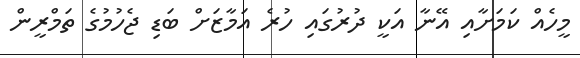
މީހެއް ކަމަށާއި އޭނާ އަކީ ދުރުގައި ހުރެ އަމާޒަށް ބަޑި ޖެހުމުގެ ތަމްރީން